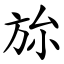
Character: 旀